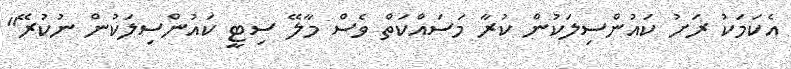
އެކަމަކު ރަށު ކައުންސިލަކުން ކުރާ މަސައްކަތް ވެސް މާލޭ ސިޓީ ކައުންސިލަކުން ނުކުރޭ"